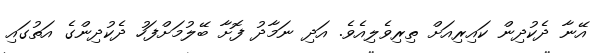
އޭނާ ދެކުދިން ކައިރިއަށް ތިރިވެލިއެވެ. އަދި ނަމާދު ފޮށާ ބޭލުމަށްފަހު ދެކުދިންގެ އަތުގައި